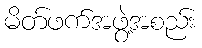
မိတ်ဖက်အဖွဲ့အစည်း